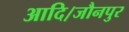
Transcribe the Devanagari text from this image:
आदि।जौनपुर